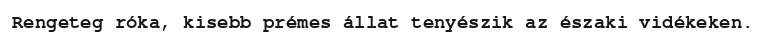
Rengeteg róka, kisebb prémes állat tenyészik az északi vidékeken.